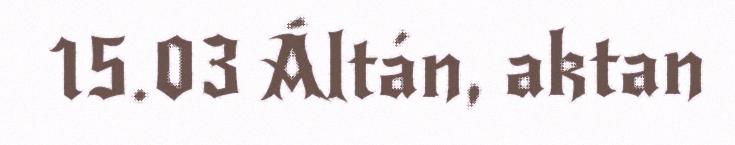
15.03 Áltán, aktan